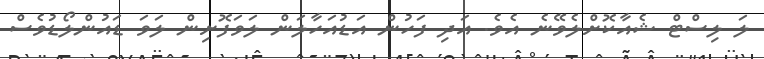
ލަ ލިސްޓް ޝެއާކޮށްލެވޭނެ އެވެ. އަދި ފަހުން އަޑުއަހާލަން ލަވަފޮށިން ލަވަ ޑައުންލޯޑުވެސް